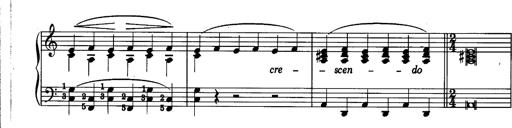
Title: La romanesca
Composer: Franz Liszt